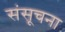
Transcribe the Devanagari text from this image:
संसूचना